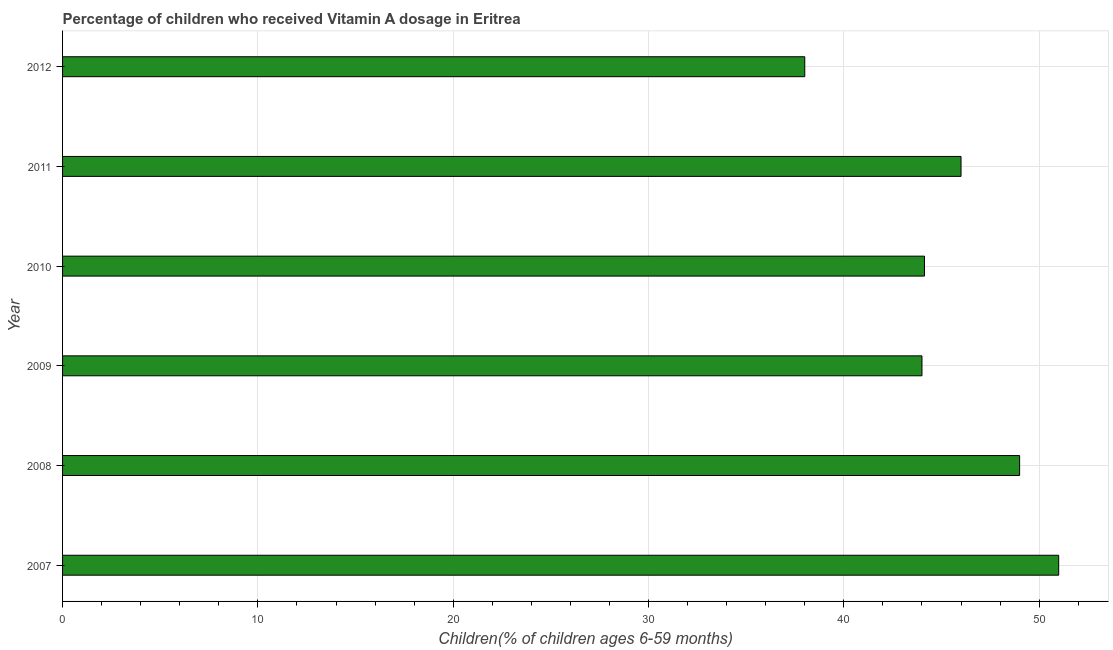
| Year | Vitamin A supplementation coverage rate  |
 | --- | --- |
 | 2007 | 51 |
 | 2008 | 49 |
 | 2009 | 44 |
 | 2010 | 44.1 |
 | 2011 | 46 |
 | 2012 | 38 |